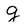
Character: g